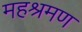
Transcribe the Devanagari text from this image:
महश्रमण